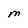
Character: M